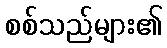
စစ်သည်များ၏